Scottish Leaving Certificate Examination, 1956
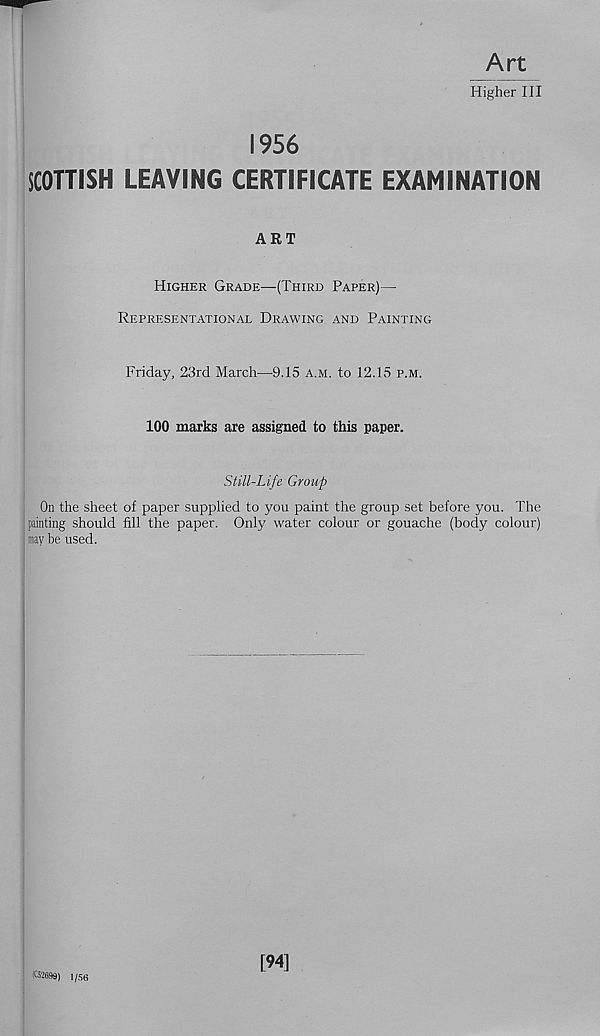
Art
Higher III
1956
SCOTTISH LEAVING CERTIFICATE EXAMINATION
ART
Higher Grade—(Third Paper)—
Representational Drawing and Painting
Friday, 23rd March—Q.15 a.m. to 12.15 p.m.
100 marks are assigned to this paper.
Still-Life Group
On the sheet of paper supplied to you paint the group set before you. The
painting should fill the paper. Only water colour or gouache (body colour)
may be used.
K2699) 1/S6
[94]